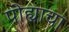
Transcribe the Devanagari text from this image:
पोह्याचा